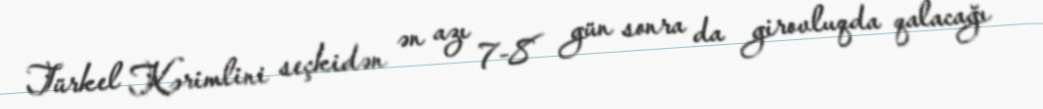
Türkel Kərimlini seçkidən ən azı 7-8 gün sonra da girovluqda qalacağı